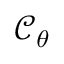
{ \mathcal { C } } _ { \theta }